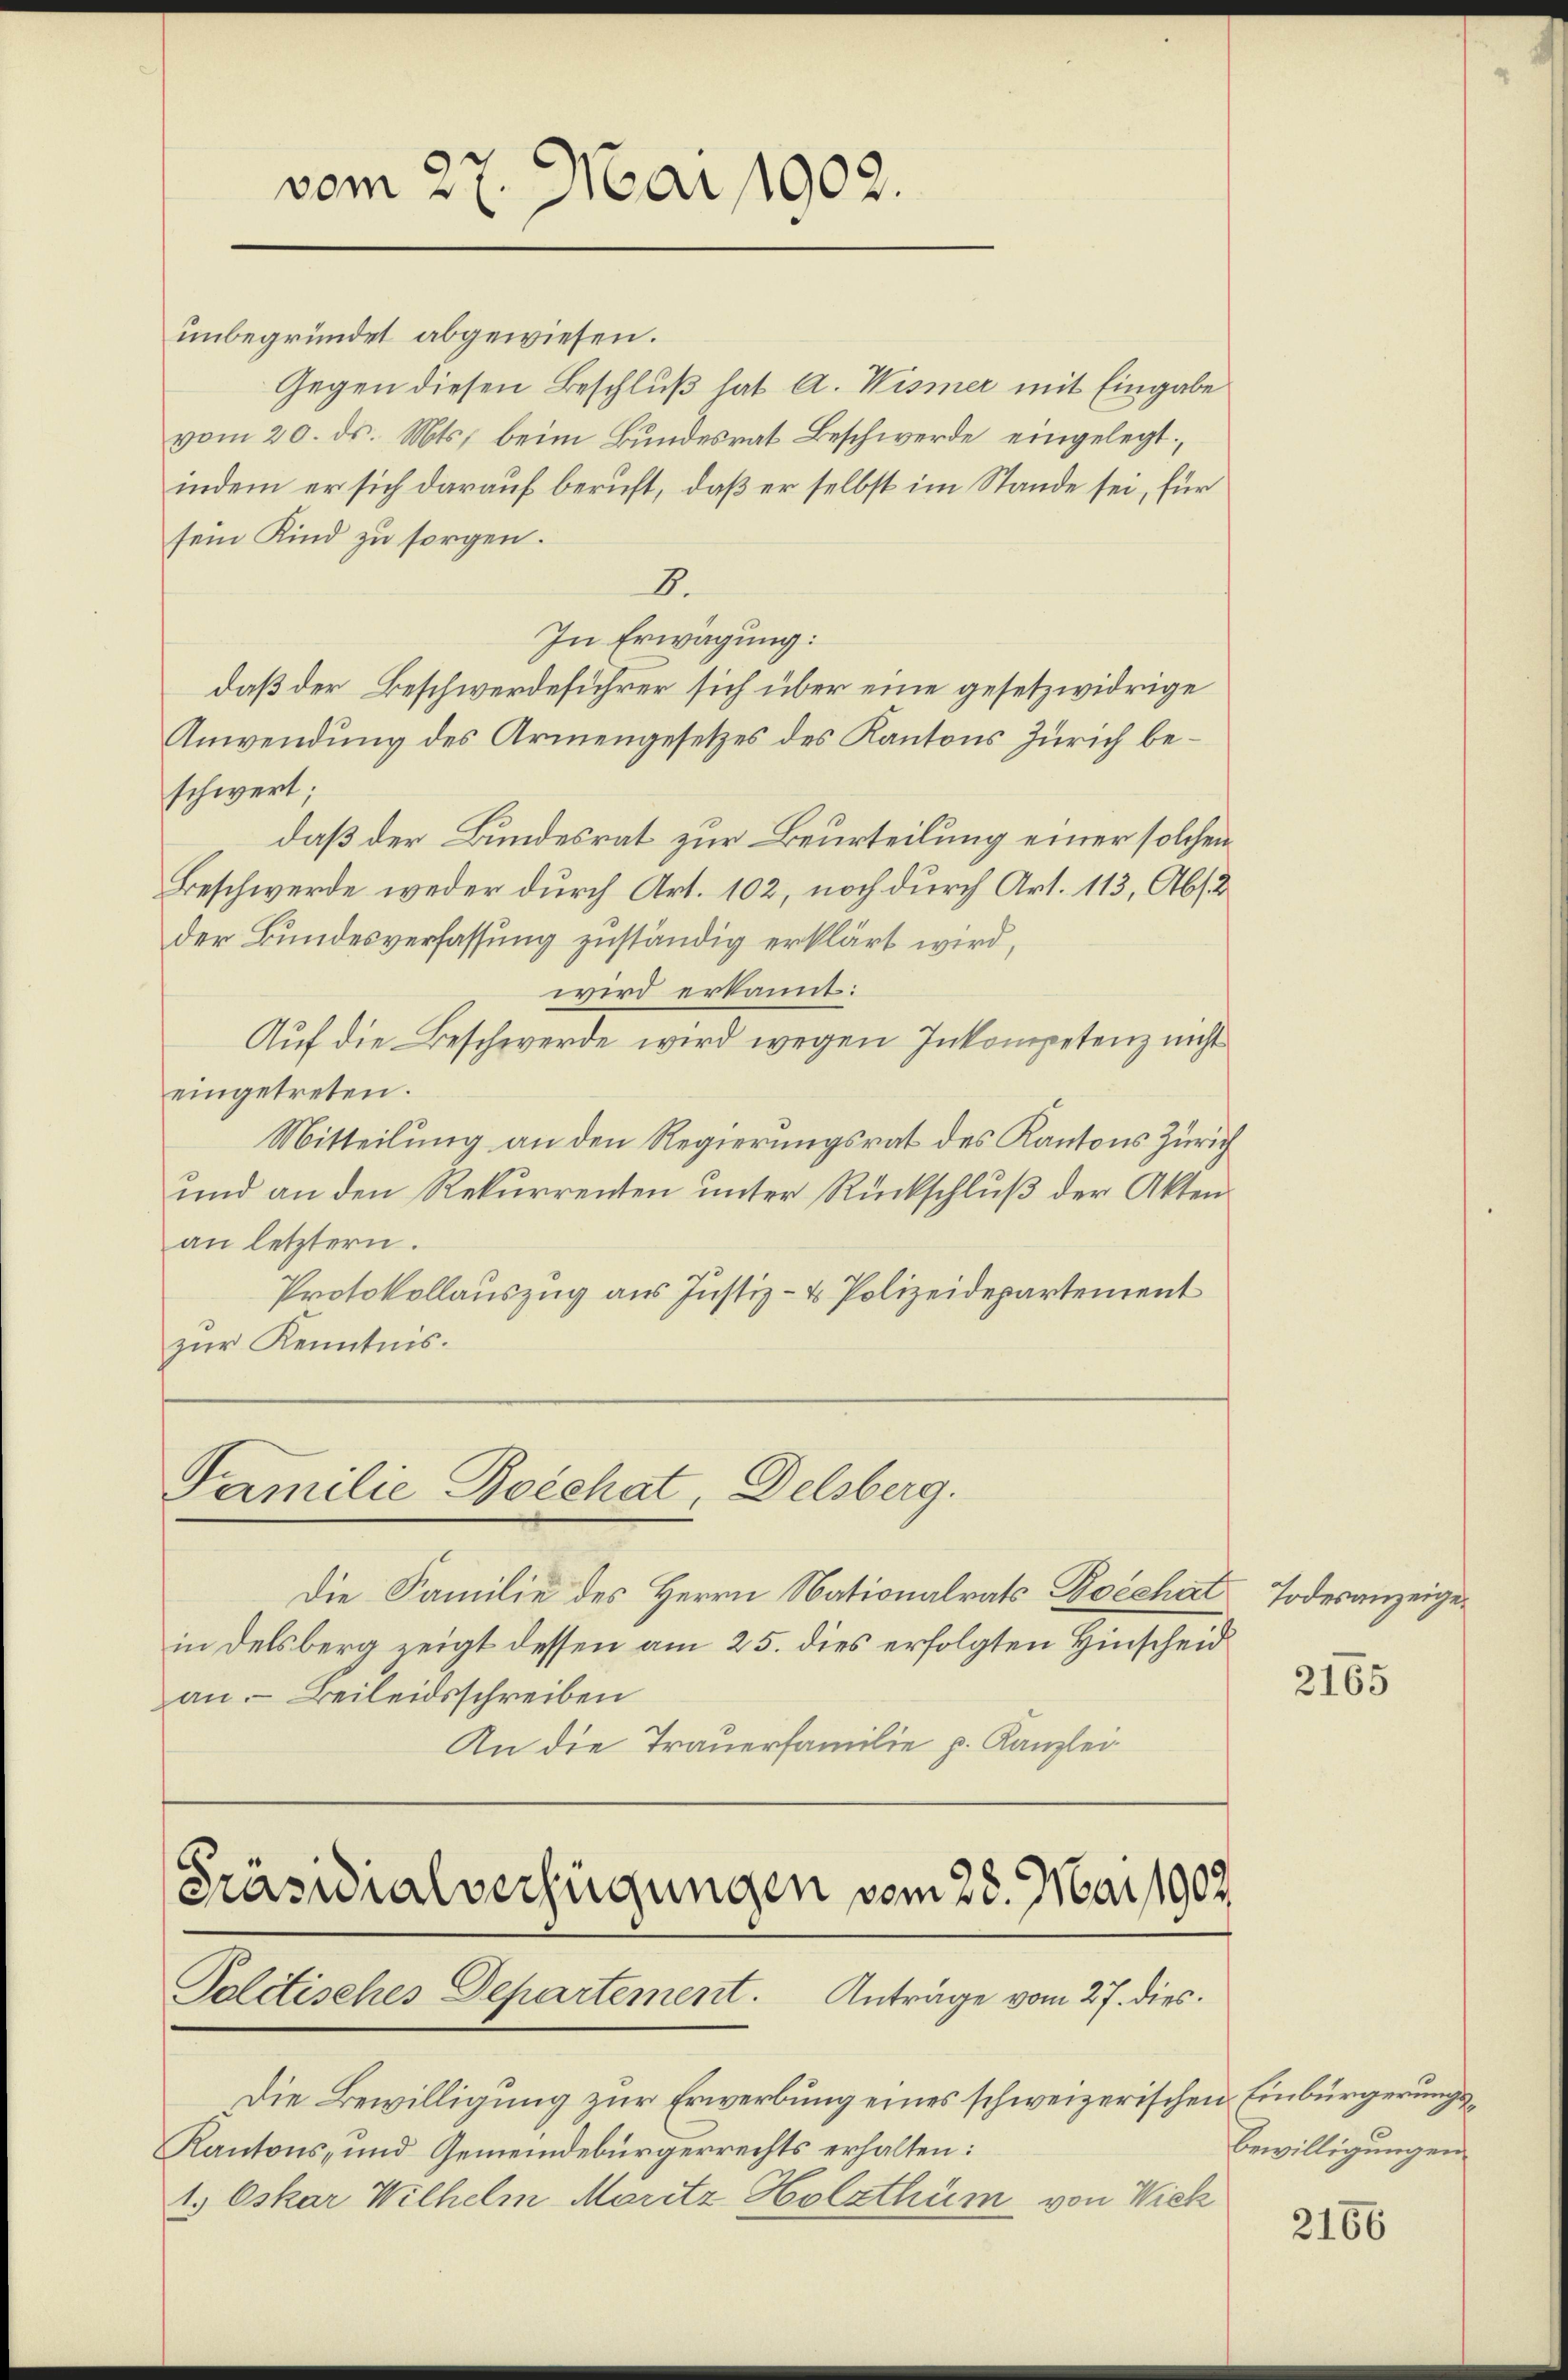
vom 27. Mai 1902.

unbegründet abgewiesen.
Gegen diesen Beschluß hat A. Wismer mit Eingabe
vom 20. ds. Mts. beim Bundesrat Beschwerde eingelegt.
indem er sich darauf beruft, daß er selbst im Stande sei, für
sein Kind zu sorgen.
8.
In Erwägung:
daß der Beschwerdeführer sich über eine gesetzwidrige
Anwendung des Armengesetzes des Kantons Zürich beschwert;
daß der Bundesrat zur Beurteilung einer solchen
Beschwerde weder durch Art. 102, noch durch Art. 113, Abs. 2
der Bundesverfassung zuständig erklärt wird,
wird erkannt:
Auf die Beschwerde wird wegen Inkompetenz nicht
eingetreten.
Mitteilung an den Regierungsrat des Kantons Zürich
und an den Rekurrenten ŭnter Rückschlŭβ der Akten
an letztern.
Protokollauszug aus Justiz- & Polizeidepartement
zŭr Kenntnis.

Familie Botehat, Delsberg.

Die Familie des Herrn Nationalrats Bozehat Todesanzeigein Delsberg zeigt dessen am 25. dies erfolgten Hinscheid
an. Beileidsschreiben
An die Trauerfamilie p. Kanzlei
Präsidialverfügungen vom 28. Mai 1902

Palitisches Departement. Anträge vom 27. dies

Die Bewilligung zur Erwerbung eines schweizerischen Einbürgerungs¬
Kantons- und Gemeindebürgerrechts erhalten:
t. Oskar Wilhelm Moritz Holzthum von Wick

2165

Bewilligungen

2166